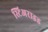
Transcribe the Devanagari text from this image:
स्टिअराइड